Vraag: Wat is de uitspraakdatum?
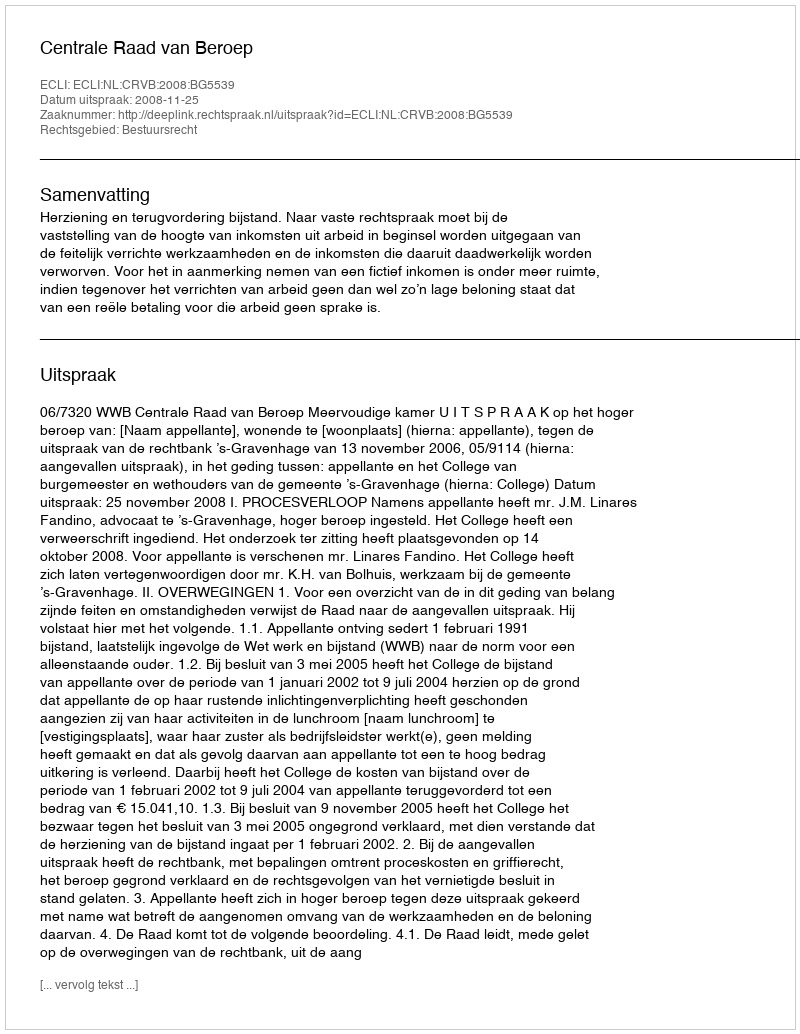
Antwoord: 2008-11-25